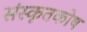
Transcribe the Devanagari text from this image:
संस्कृतकाेष